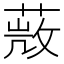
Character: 𦵨